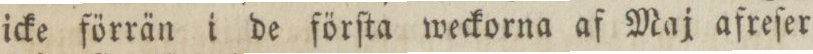
icke förrän i de förſta weckorna af Maj afreſer